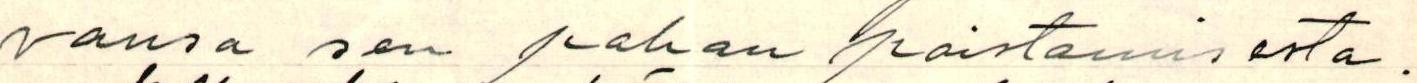
vansa sen pahan poistamisesta.